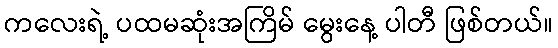
ကလေးရဲ့ ပထမဆုံးအကြိမ် မွေးနေ့ ပါတီ ဖြစ်တယ်။